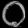
Digit: ၀